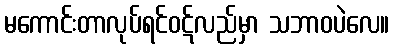
မကောင်းတာလုပ်ရင်ဝဋ်လည်မှာ သဘာဝပဲလေ။